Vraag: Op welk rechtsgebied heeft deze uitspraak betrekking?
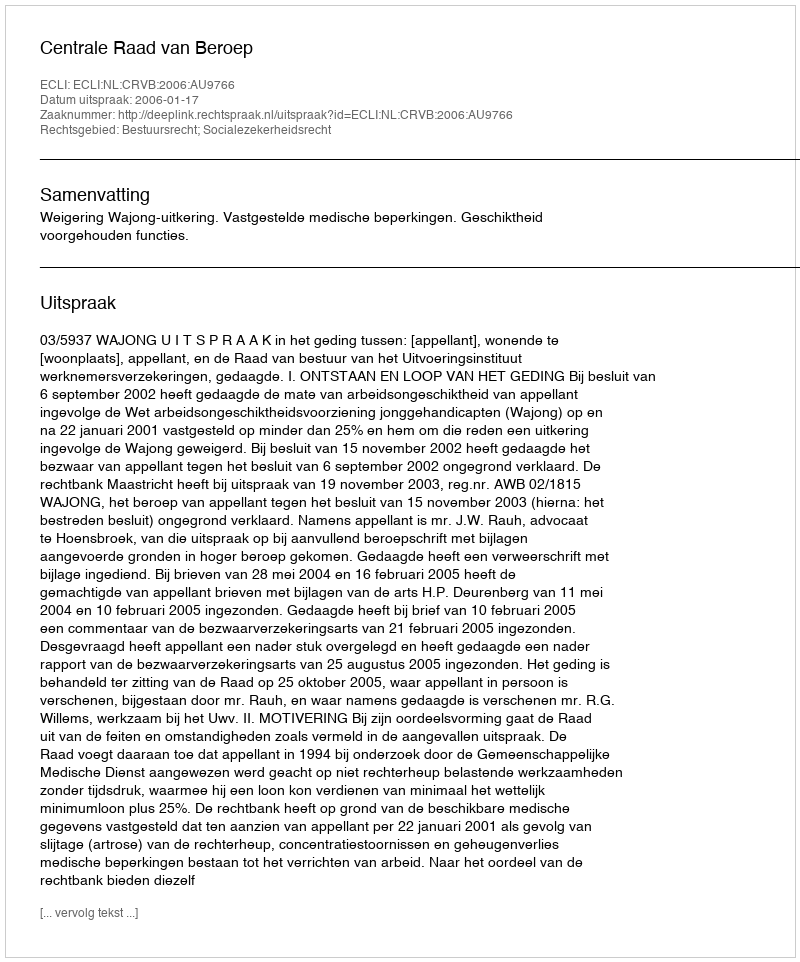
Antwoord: Bestuursrecht; Socialezekerheidsrecht